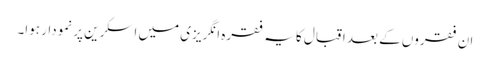
ان فقروں کے بعد اقبال کا یہ فقرہ انگریزی میں اسکرین پر نمودار ہوا۔